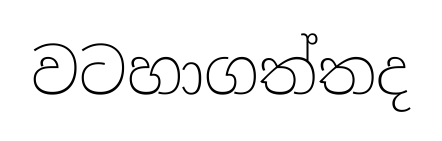
වටහාගත්තද